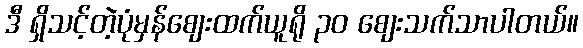
ဒီ ရှိသင့်တဲ့ပုံမှန်စျေးထက်ယူရို ၃၀ စျေးသက်သာပါတယ်။